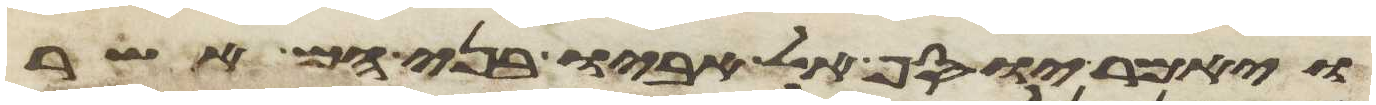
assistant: ויאמר יוסף אל אביו בני הם אשר